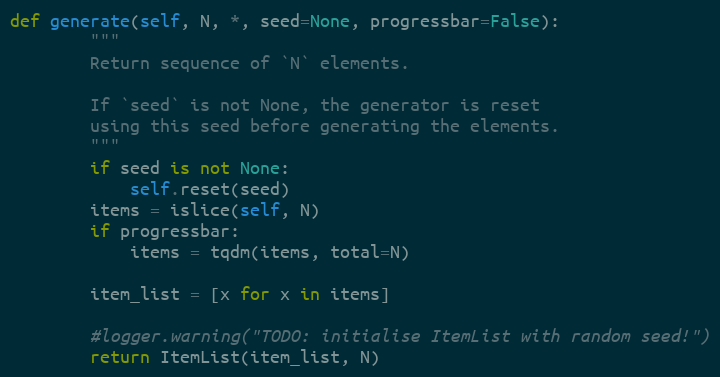
Language: Python
def generate(self, N, *, seed=None, progressbar=False):
        """
        Return sequence of `N` elements.

        If `seed` is not None, the generator is reset
        using this seed before generating the elements.
        """
        if seed is not None:
            self.reset(seed)
        items = islice(self, N)
        if progressbar:
            items = tqdm(items, total=N)

        item_list = [x for x in items]

        #logger.warning("TODO: initialise ItemList with random seed!")
        return ItemList(item_list, N)